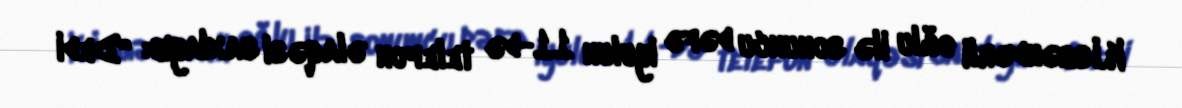
K.İsgəndərli oğlu ilə sonuncu dəfə iyulun 11-də telefon əlaqəsi saxlayıb: “Dedi